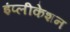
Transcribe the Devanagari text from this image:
इंप्लीकेशन